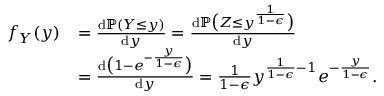
\begin{array} { r l } { f _ { Y } ( y ) } & { = \frac { \mathrm { d } \mathbb { P } ( Y \leq y ) } { \mathrm { d } y } = \frac { \mathrm { d } \mathbb { P } \big ( Z \leq y ^ { \frac { 1 } { 1 - \epsilon } } \big ) } { \mathrm { d } y } } \\ & { = \frac { \mathrm { d } \big ( 1 - e ^ { - \frac { y } { 1 - \epsilon } } \big ) } { \mathrm { d } y } = \frac { 1 } { 1 - \epsilon } y ^ { \frac { 1 } { 1 - \epsilon } - 1 } e ^ { - \frac { y } { 1 - \epsilon } } . } \end{array}